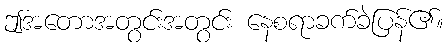
ဤအတောအတွင်းအတွင်း နေစရာခက်ခဲပြန်၏။